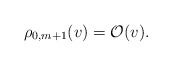
\begin{align*} \rho_{0,m+1}(v)=\mathcal{O}(v).\end{align*}